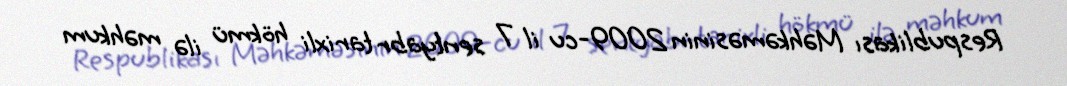
Respublikası Məhkəməsinin 2009-cu il 7 sentyabr tarixli hökmü ilə məhkum